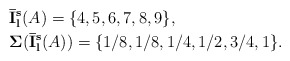
\begin{align*}&{\bf \bar I_l^s}(A)=\{4, 5, 6, 7, 8,9\},\\&{\bf \Sigma}({\bf \bar I_l^s}(A))=\{1/8, 1/8, 1/4, 1/2, 3/4,1\}.\end{align*}